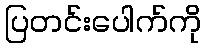
ပြတင်းပေါက်ကို